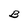
Character: B